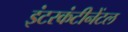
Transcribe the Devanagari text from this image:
इंटरकंटीनेंटल